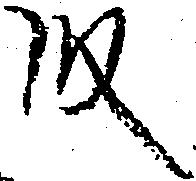
段